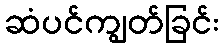
ဆံပင်ကျွတ်ခြင်း